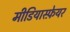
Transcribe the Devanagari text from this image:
मीडियास्फ़ेयर